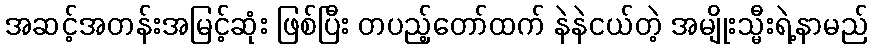
အဆင့်အတန်းအမြင့်ဆုံး ဖြစ်ပြီး တပည့်တော်ထက် နဲနဲငယ်တဲ့ အမျိုးသ္မီးရဲ့နာမည်